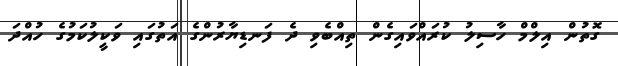
ގޮތުން އިލްމް ހާސިލު ކުރައްވައިގެން ތިއްބެވި ދެ ފަނޑިޔާރުންގެ އަތުގައި ވަކީލުކަމުގެ ހުއްދަ